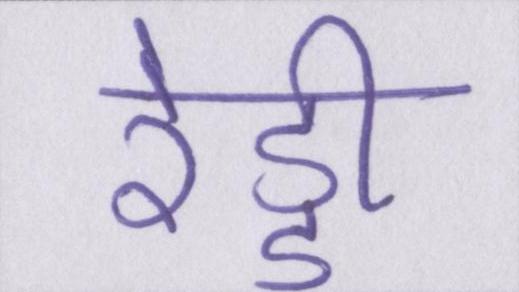
रेड्डी